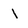
Character: 1